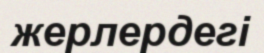
жерлердегі